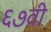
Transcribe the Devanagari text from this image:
६७वी